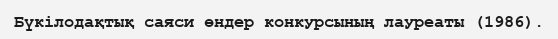
Бүкілодақтық саяси өндер конкурсының лауреаты (1986).